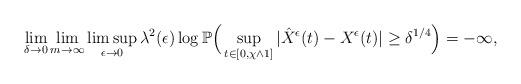
LaTeX: \begin{align*}\lim_{\delta\to0}\lim_{m\to\infty}\limsup_{\epsilon\to0}\lambda^2(\epsilon)\log\mathbb P\Big(\sup_{t\in[0,\chi\wedge1]}|\hat{X}^{\epsilon}(t)-X^{\epsilon}(t)|\geq\delta^{1/4}\Big)=-\infty,\end{align*}